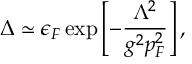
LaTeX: \Delta \simeq \epsilon _ { F } \exp \left[ - { \frac { \Lambda ^ { 2 } } { g ^ { 2 } p _ { F } ^ { 2 } } } \right] ,